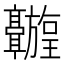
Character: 𬴦